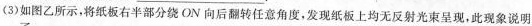
(3)如图乙所示，将纸板右半部分绕ON向后翻转任意角度，发现纸板上均无反射光束呈现，此现象说明